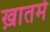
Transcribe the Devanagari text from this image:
ख़ातमे